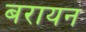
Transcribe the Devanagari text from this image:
बरायन